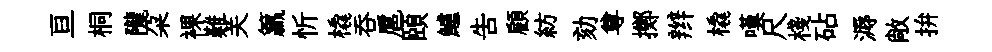
亘桐隴朶裸難关籯忻橇吞扈頤鱸告顧紡劾尊擲辫橇嘆尺棧砧溽敞拚